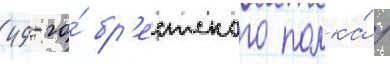
49-го́ бр'естского полка́ /